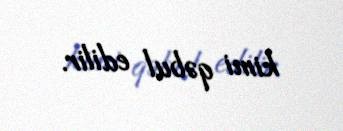
kimi qəbul edilir.